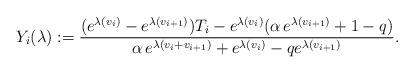
LaTeX: \begin{align*}Y_{i}(\lambda):=\frac{(e^{\lambda(v_{i})}-e^{\lambda(v_{i+1})})T_{i}-e^{\lambda(v_{i})}(\alpha\,e^{\lambda(v_{i+1})}+1-q)}{\alpha\,e^{\lambda(v_{i}+v_{i+1})}+e^{\lambda(v_{i})}-qe^{\lambda(v_{i+1})}}. \end{align*}